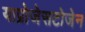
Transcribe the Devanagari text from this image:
याप्रोजेसटोजेन